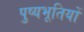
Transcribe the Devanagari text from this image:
पुष्यभूतियों